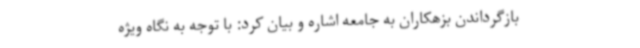
بازگرداندن بزهکاران به جامعه اشاره و بیان کرد: با توجه به نگاه ویژه